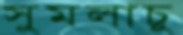
সুমলাচু